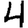
Digit: 4